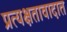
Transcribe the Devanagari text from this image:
प्रत्यक्षतावादात